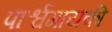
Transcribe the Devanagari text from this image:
पार्श्वगायकी